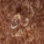
لوان